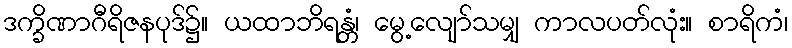
ဒက္ခိဏာဂီရိဇနပုဒ်၌။ ယထာဘိရန္တံ၊ မွေ့လျော်သမျှ ကာလပတ်လုံး။ စာရိကံ၊